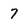
Character: 7